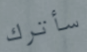
سأترك